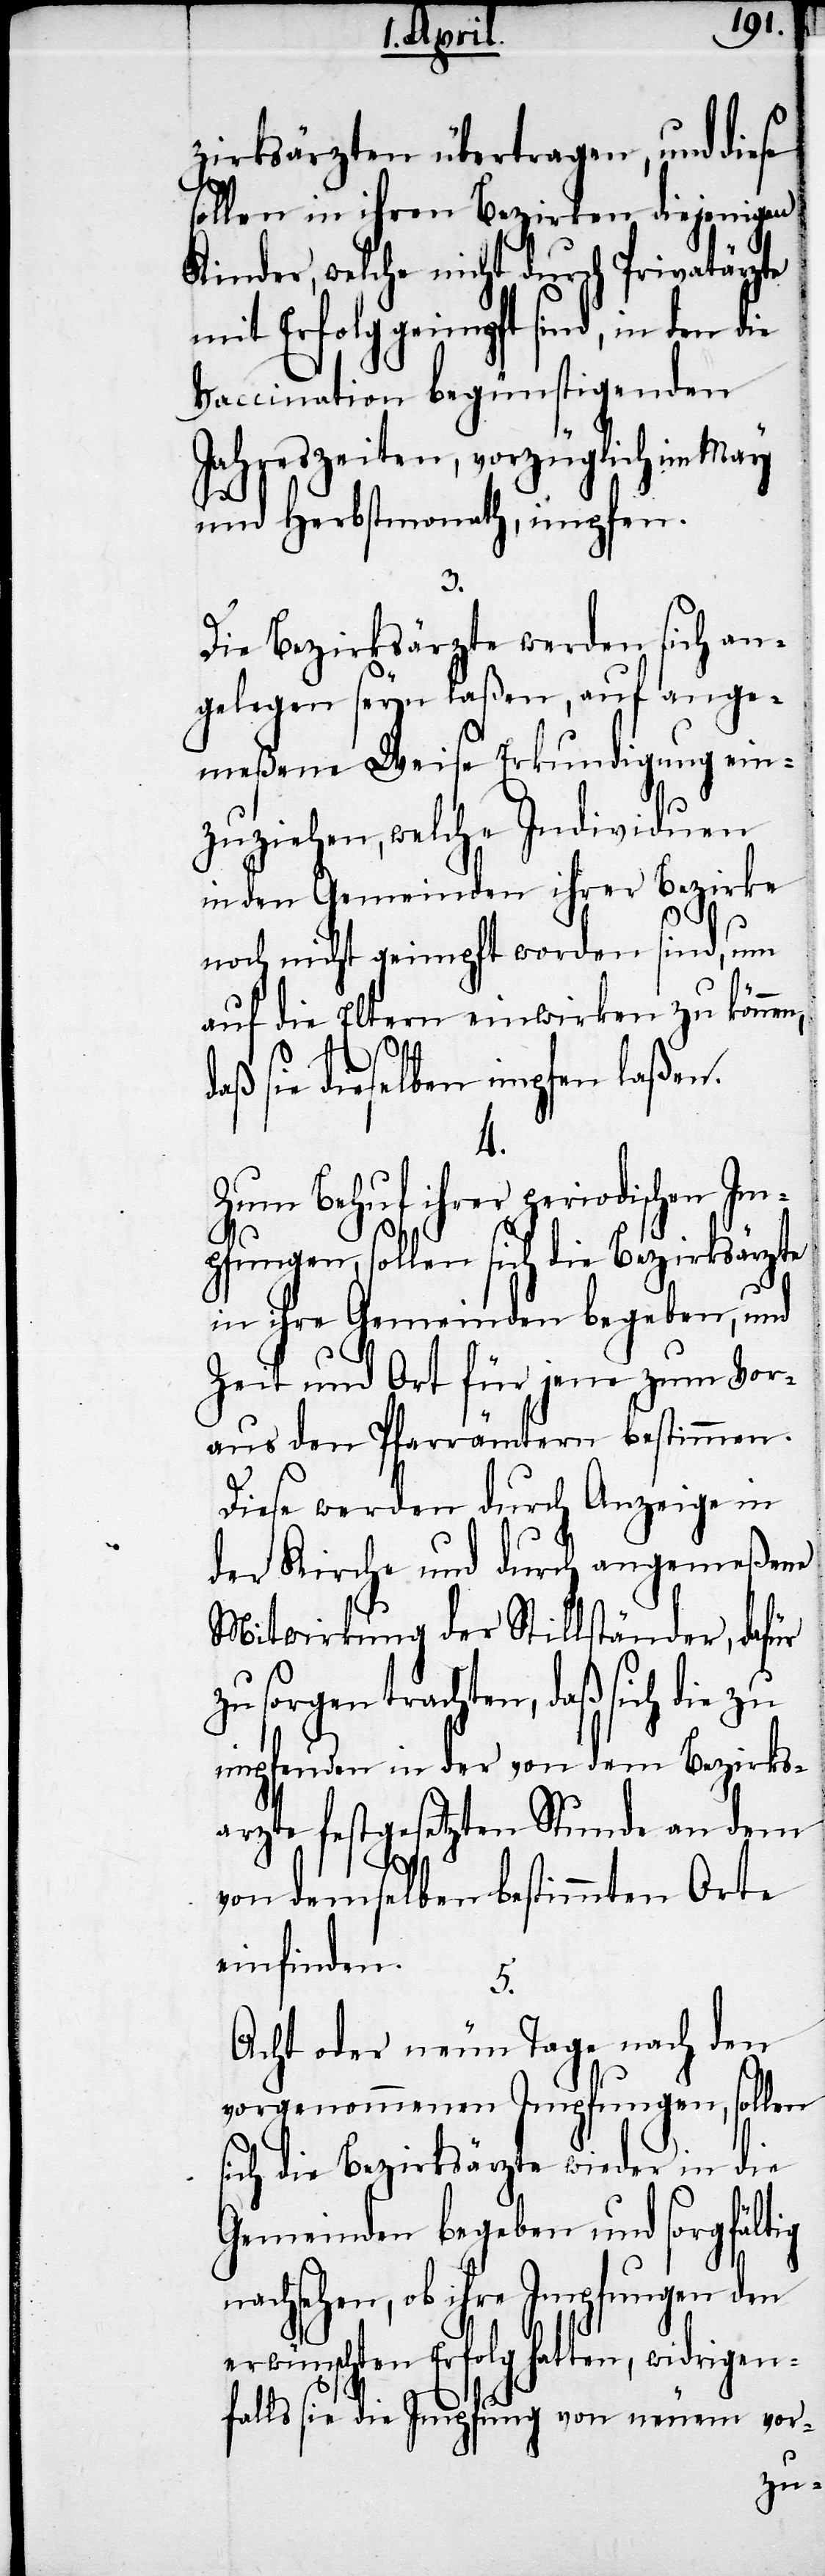
zirksärzten übertragen, und diese
sollen in ihren Bezirken diejenigen
Kinder, welche nicht durch Privatärzte
mit Erfolg geimpft sind, in den die
Vaccination begünstigenden
Jahreszeiten, vorzüglich im May
und Herbstmonath, impfen.
3.
Die Bezirksärzte werden sich an¬
gelegen seyn laßen, auf ange¬
meßene Weise Erkundigung ein¬
zuziehen, welche Individuen
in den Gemeinden ihrer Bezirke
noch nicht geimpft worden sind, um
auf die Eltern einwirken zu können,
daß sie dieselben impfen laßen.
s¬
Zum Behuf ihrer periodischen Im¬
pfungen, sollen sich die Bezirksärzte
in ihre Gemeinden begeben, und
Zeit und Ort für jene zum Vor¬
aus den Pfarrämtern bestimmen.
Diese werden durch Anzeige in
der Kirche und durch angemeßene
Mitwirkung der Stillständer, dafür
zu sorgen trachten, daß sich die zu
impfenden in der von dem Bezirks¬
arzte festgesetzten Stunde an dem
von demselben bestimmten Orte
einfinden.
5.
Acht oder neun Tage nach den
vorgenommenen Impfungen, sollen
ich die Bezirksärzte wieder in die
Gemeinden begeben und sorgfältig
nachsehen, ob ihre Impfungen den
Erfolg hatten, widrigen¬
falls sie die Impfung von neuem vor-